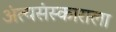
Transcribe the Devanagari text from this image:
अंत्यसंस्काराला